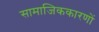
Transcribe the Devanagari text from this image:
सामाजिककारणों